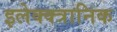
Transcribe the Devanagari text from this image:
इलेक्क्त्रानिक